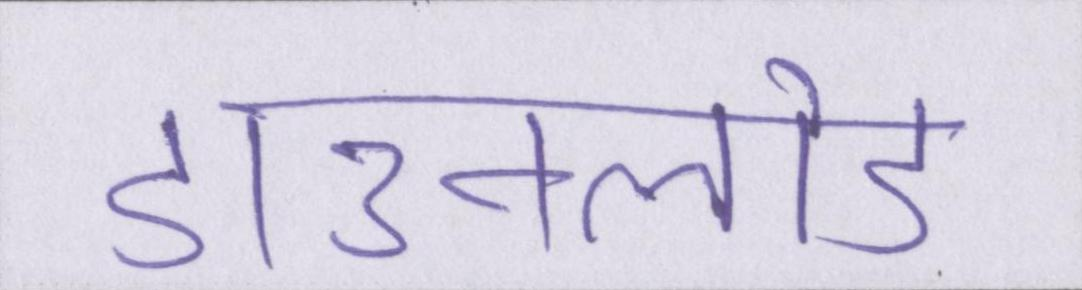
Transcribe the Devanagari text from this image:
डाउनलोड